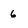
Character: 6